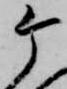
ケ